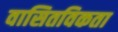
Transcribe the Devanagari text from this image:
वासितविकता